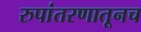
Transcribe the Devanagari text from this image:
रुपांतरणातूनच